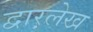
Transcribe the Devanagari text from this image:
द्वारलेख